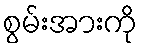
စွမ်းအားကို